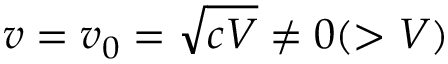
v = v _ { 0 } = \sqrt { c V } \neq 0 ( > V )